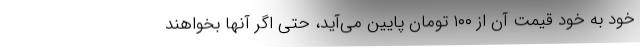
خود به خود قیمت آن از ۱۰۰ تومان پایین می‌آید، حتی اگر آنها بخواهند